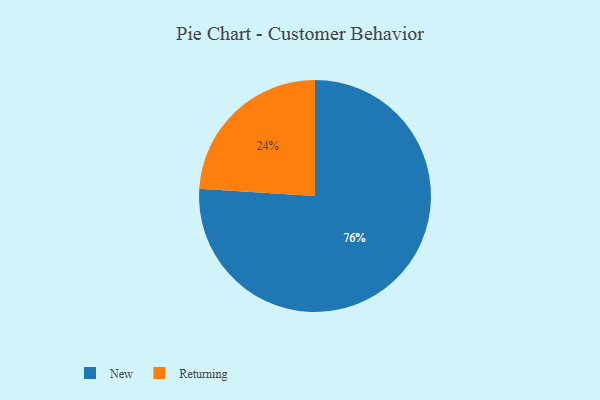
{"axis": {"x": "Category", "y": "Percentage"}, "legend": ["New", "Returning"], "data": [{"x": "Returning", "y": 24, "type": "Returning"}, {"x": "New", "y": 76, "type": "New"}]}